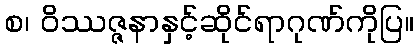
စ၊ ဝိဿဇ္ဇနာနှင့်ဆိုင်ရာဂုဏ်ကိုပြ။